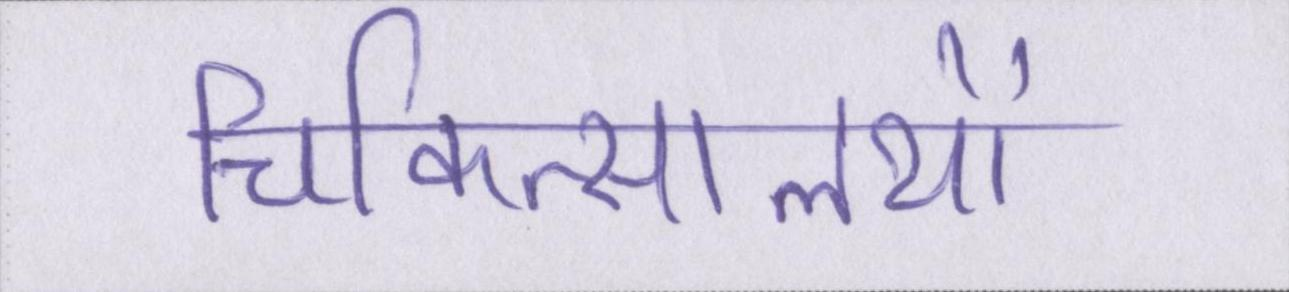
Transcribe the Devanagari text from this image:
चिकित्सालयों